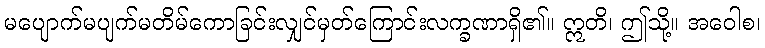
မပျောက်မပျက်မတိမ်ကောခြင်းလျှင်မှတ်ကြောင်းလက္ခဏာရှိ၏။ ဣတိ၊ ဤသို့။ အဝေါစ၊